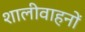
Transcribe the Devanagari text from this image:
शालीवाहनों